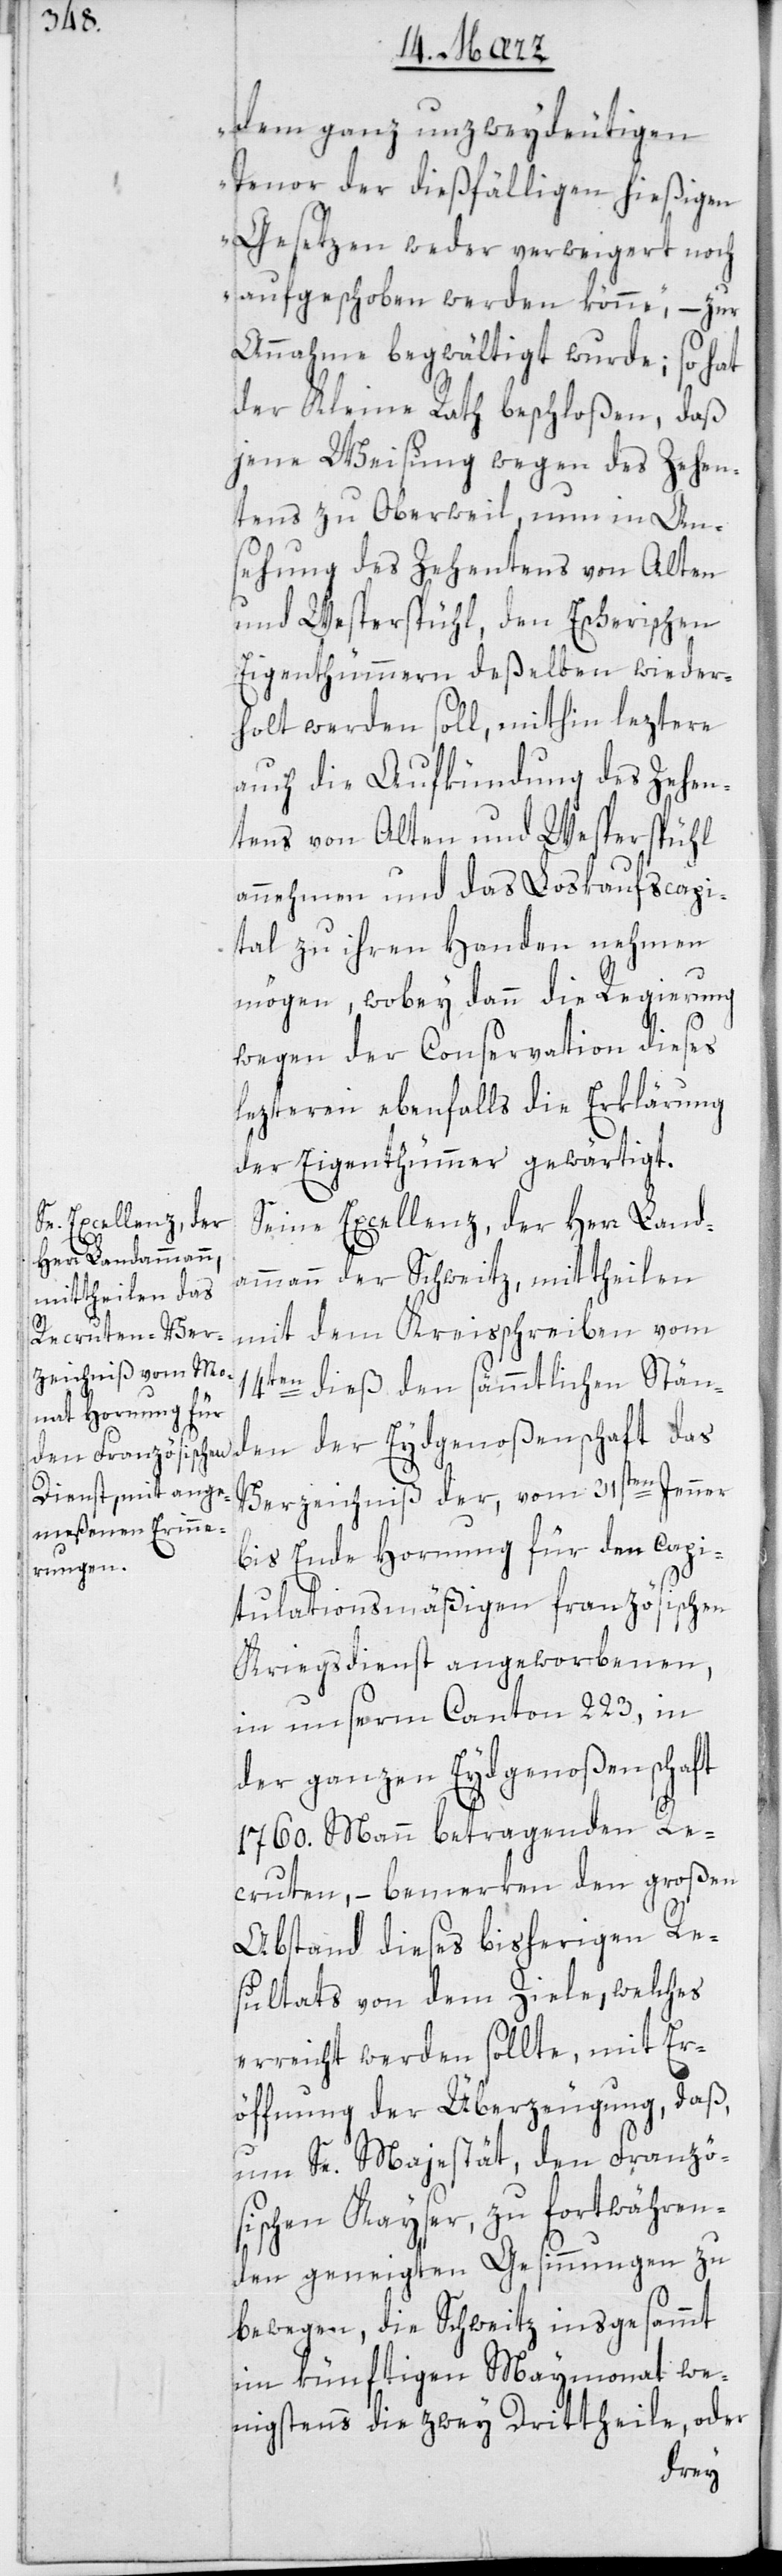
Se Excellenz der
Herr Landammann

dem ganz unzweideutigen
Tenor der dießfälligen hießigen
Gesetzen weder verweigert noch
aufgeschoben werden könne“, – zur
Annahme begwältigt wurde; so hat
der Kleine Rath beschloßen, daß
jene Weisung wegen des Zehen¬
tens zu Oberweil, nun in An¬
sehung des Zehentens von Alten
und Wesperspühl, den Escherischen
Eigenthümern deßelben wieder¬
holt werden soll, mithin leztere
auch die Aufkündung des Zehen¬
tens von Alten und Wesperspühl
annehmen und das Loskaufscapi¬
tal zu ihren Handen nehmen
mögen, wobey dann die Regierung
wegen der Conservation dieses
lezteren ebenfalls die Erklärung
der Eigenthümer gewärtigt.
der Schweitz, mittheilen
mit dem Kreisschreiben vom
14ten dieß den sämmtlichen Stän¬
den der Eydgenoßenschaft das
Verzeichniß der, vom 31sten Jenner
bis Ende Hornung für den capi¬
tulationsmäßigen französischen
Kriegsdienst angeworbenen,
in unserm Canton 223, in
der ganzen Eydgenoßenschaft
1760. Mann betragenden Re¬
cruten, – bemerken den großen
Abstand dieses bisherigen Re¬
sultats von dem Ziele, welches
erreicht werden sollte, mit Er¬
öffnung der Überzeugung, daß
um Sr. Majestät den Französ¬
ischen Kayser, zu fortwähren¬
den geneigten Gesinnungen zu
bewegen, die Schweitz insgesammt
im künftigen Maymonat we¬
nigstens die zwey Drittheile oder